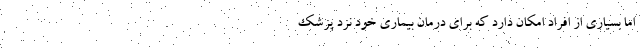
اما بسیاری از افراد امکان دارد که برای درمان بیماری خود نزد پزشک